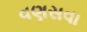
વણસવા